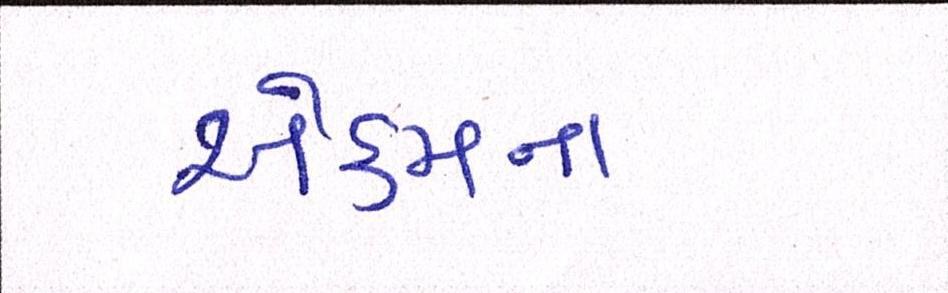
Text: એકમના